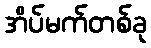
အိပ်မက်တစ်ခု